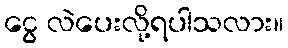
ငွေ လဲပေးလို့ရပါသလား။